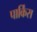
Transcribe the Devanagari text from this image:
पार्किंस